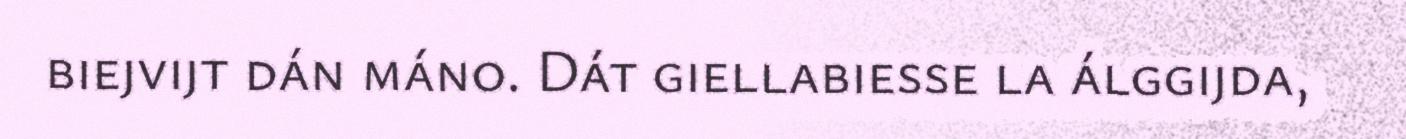
biejvijt dán máno. Dát giellabiesse la álggijda,